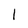
Character: 1